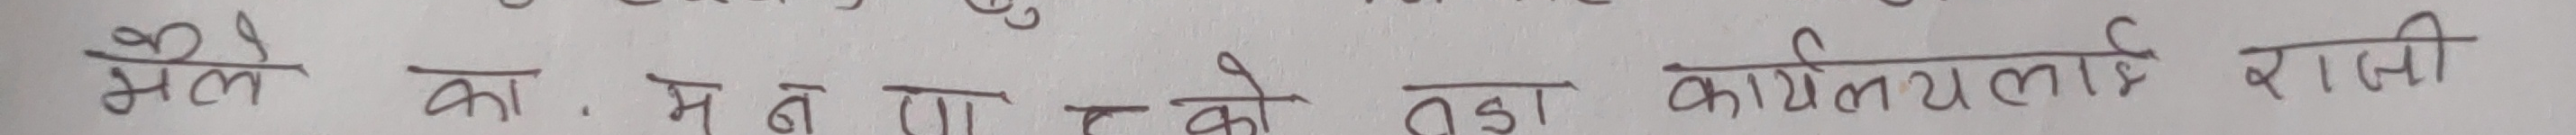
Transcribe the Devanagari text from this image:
मैले का मन ना तनको तथा कार्यालयलाई राखी